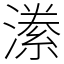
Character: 潫